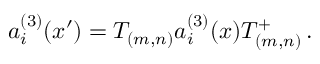
a _ { i } ^ { ( 3 ) } ( x { ' } ) = T _ { ( m , n ) } a _ { i } ^ { ( 3 ) } ( x ) T _ { ( m , n ) } ^ { + } \, .